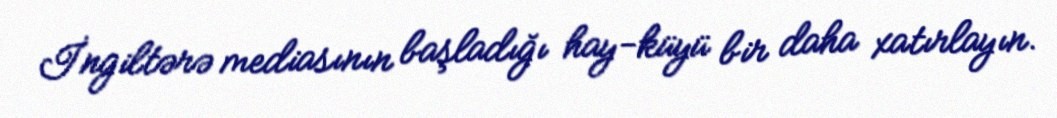
İngiltərə mediasının başladığı hay-küyü bir daha xatırlayın.